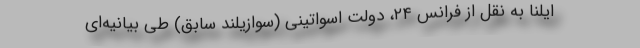
ایلنا به نقل از فرانس ۲۴، دولت اسواتینی (سوازیلند سابق) طی بیانیه‌ای